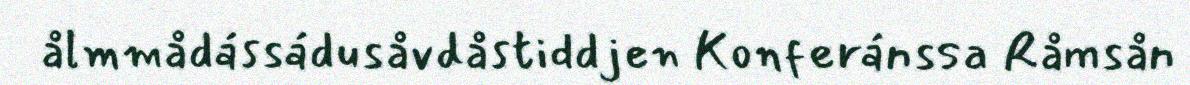
ålmmådássádusåvdåstiddjen Konferánssa Råmsån